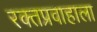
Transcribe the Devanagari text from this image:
रक्तप्रवाहाला